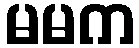
မမက